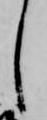
し